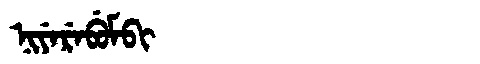
Manchu: ᠨᡳᠶᡝᡵᡝᠪᡠᠮᠪᡳ
Romanization: NIYEREBUMBI